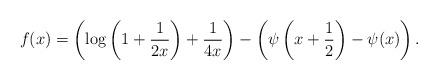
LaTeX: \begin{align*}f(x) = \left(\log\left(1+\frac{1}{2x}\right) + \frac{1}{4x}\right) - \left(\psi\left(x+\frac12\right)-\psi(x)\right).\end{align*}